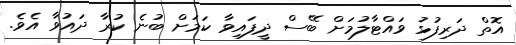
އޮތް ދަރިފުޅު ވައްޓާލުމަށް ބޭސް ދީފައިވާ ކަމަށް ބުނެ ކުރާ ދައުވާ އެވެ.